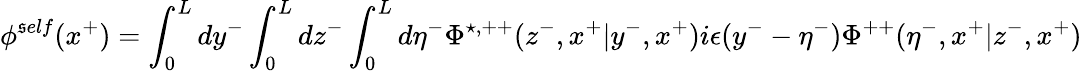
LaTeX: {\phi}^{\mathfrak{s}elf}(x^{+})=\int_{0}^{L}dy^{-}\int_{0}^{L}dz^{-}\int_{0}^{L}d{\eta}^{-}{\Phi}^{\star,++}(z^{-},x^{+}|y^{-},x^{+})i{\epsilon}(y^{-}-{\eta}^{-}){\Phi}^{++}({\eta}^{-},x^{+}|z^{-},x^{+})